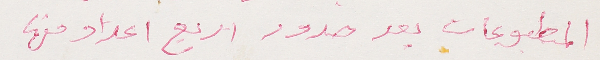
المطبوعات بعد صدور اربع اعداد منها